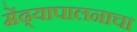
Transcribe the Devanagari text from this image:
मेंढ्यापालनाचा